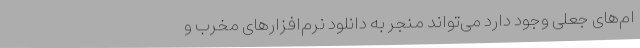
ام‌های جعلی وجود دارد می‌تواند منجر به دانلود نرم‌افزارهای مخرب و